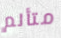
متألم